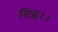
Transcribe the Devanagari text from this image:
सिद्धं।।